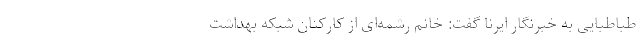
طباطبایی به خبرنگار ایرنا گفت: خانم رشمه‌ای از کارکنان شبکه بهداشت